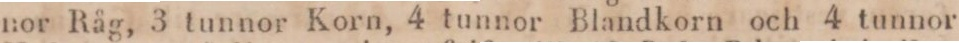
nor Råg, 3 tunnor Korn, 4 tunnor Blandkorn och 4 tunnor